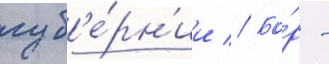
губ'е́рн'ии // Бо́р -